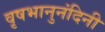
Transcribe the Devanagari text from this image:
वृषभानुनंदिनी